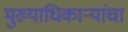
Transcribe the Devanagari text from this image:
मुख्याधिकार्‍यांचा